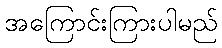
အကြောင်းကြားပါမည်